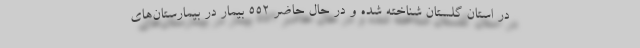
در استان گلستان شناخته شده و در حال حاضر ۵۵۲ بیمار در بیمارستان‌های